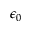
\epsilon _ { 0 }